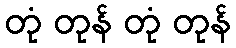
တုံ တုန် တုံ တုန်